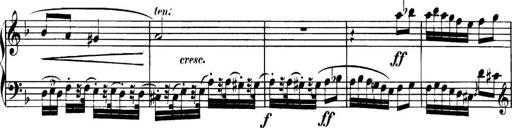
Title: Collected Piano Sonatas
Composer: Muzio Clementi